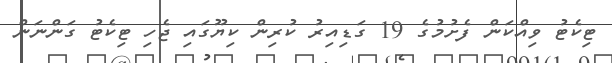
ޓިކެޓު ވިއްކަން ފެށުމުގެ 19 ގަޑިއިރު ކުރިން ކިޔޫގައި ޖެހި ޓިކެޓު ގަންނަން